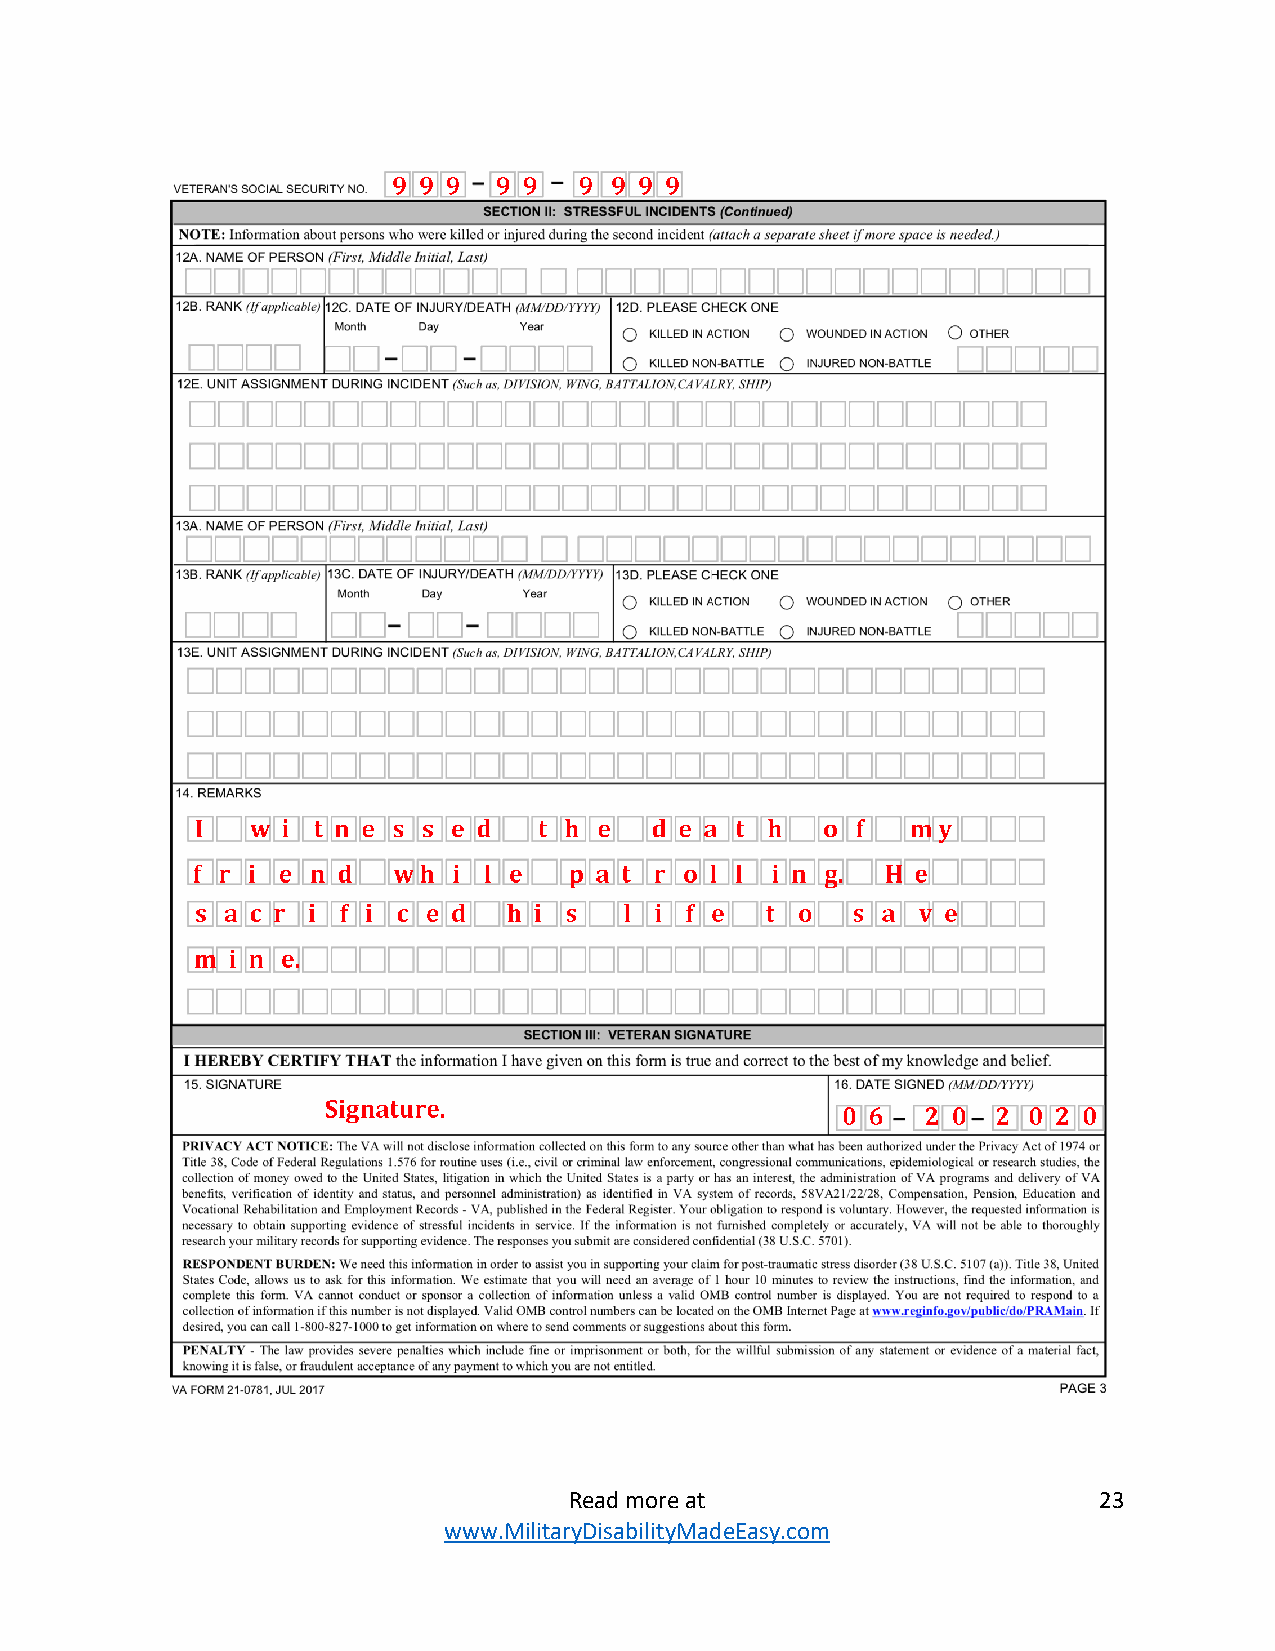
Read more at                       23
 www.MilitaryDisabilityMadeEasy.com